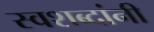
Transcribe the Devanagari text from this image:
स्वशब्दांनी